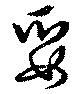
娶